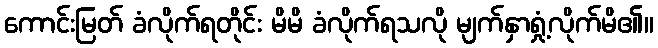
ကောင်းမြတ် ခံလိုက်ရတိုင်း မိမိ ခံလိုက်ရသလို မျက်နှာရှုံ့လိုက်မိ၏။